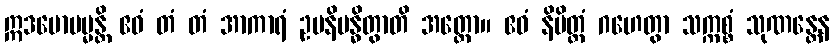
ဣဒမောပမ္မန္တိ ဧဝံ တံ တံ အာကာရံ ဥပနိဗန္ဓိတွာတိ အတ္ထော။ ဧဝံ နိမိတ္တံ ဂဟေတွာ သက္ကစ္စံ သုဏန္တေန